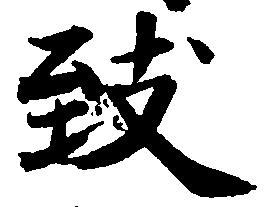
致